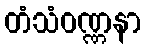
တံသံဝဏ္ဏနာ